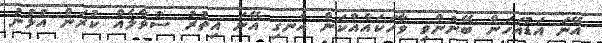
އޭނަ އަޑުއަހަން ބޭނުންވި ވާހަކައެއްކަން އެނގި އޭނަ އިތުރު ސުވާލެއް ކުރަން އުޅުނު